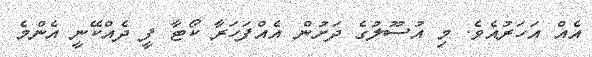
އެއް އަހަރުއެވެ. މި އުސޫލުގެ ދަށުން އެއްފަހަރާ ކޯޓާ ފީ ދެއްކޭނީ އެންމެ